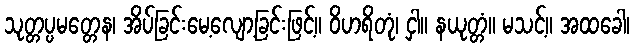
သုတ္တပ္ပမတ္တေန၊ အိပ်ခြင်းမေ့လျော့ခြင်းဖြင့်။ ဝိဟရိတုံ၊ ငှါ။ နယုတ္တံ။ မသင့်။ အထခေါ၊